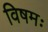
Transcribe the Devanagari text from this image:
विषमः